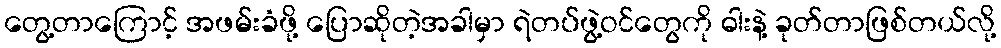
တွေ့တာကြောင့် အဖမ်းခံဖို့ ပြောဆိုတဲ့အခါမှာ ရဲတပ်ဖွဲ့ဝင်တွေကို ဓါးနဲ့ ခုတ်တာဖြစ်တယ်လို့